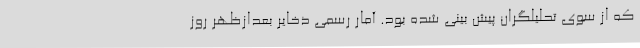
که از سوی تحلیلگران پیش بینی شده بود. آمار رسمی ذخایر بعدازظهر روز